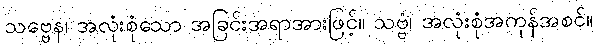
သဗ္ဗေန၊ အလုံးစုံသော အခြင်းအရာအားဖြင့်။ သဗ္ဗံ၊ အလုံးစုံအကုန်အစင်။